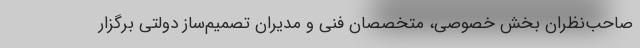
صاحب‌نظران بخش خصوصی، متخصصان فنی و مدیران تصمیم‌ساز دولتی برگزار